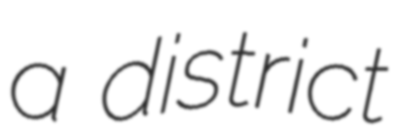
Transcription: a district